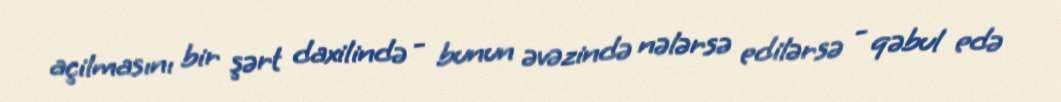
açilmasını bir şərt daxilində - bunun əvəzində nələrsə edilərsə - qəbul edə